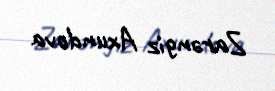
Zarəngiz Axundova